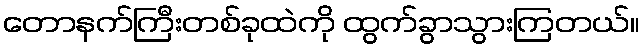
တောနက်ကြီးတစ်ခုထဲကို ထွက်ခွာသွားကြတယ်။